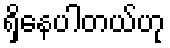
ရှိနေပါတယ်ဟု